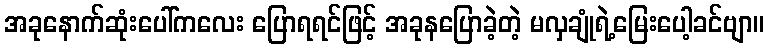
အခုနောက်ဆုံးပေါ်ကလေး ပြောရရင်ဖြင့် အခုနပြောခဲ့တဲ့ မလှချုံရဲ့မြေးပေါ့ခင်ဗျာ။